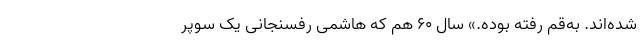
شده‌اند. به‌قم‌ رفته‌ بوده‌.» سال 60 هم که هاشمی رفسنجانی یک سوپر